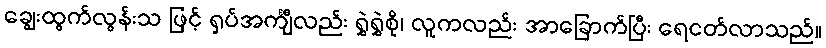
ချွေးထွက်လွန်းသ ဖြင့် ရှပ်အင်္ကျီလည်း ရွှဲရွှဲစို၊ လူကလည်း အာခြောက်ပြီး ရေငတ်လာသည်။